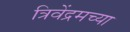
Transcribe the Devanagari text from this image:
त्रिवेंद्रमच्या